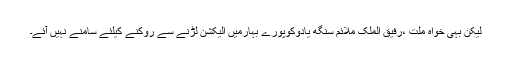
لیکن بہی خواہ ملت ،رفیق الملک ملائم سنگھ یادوکوپورے بہارمیں الیکشن لڑنے سے روکنے کیلئے سامنے نہیں آئے۔